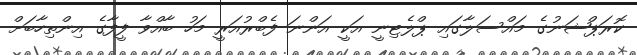
ކޮރަޕްޝަނުގެ މައްސަލާގައި ޕްލެޓިނީ އަކީ އަންނަ ފެބްރުއަރީ މަހު ބާއްވާ ފީފާގެ އިންތިހާބަށް